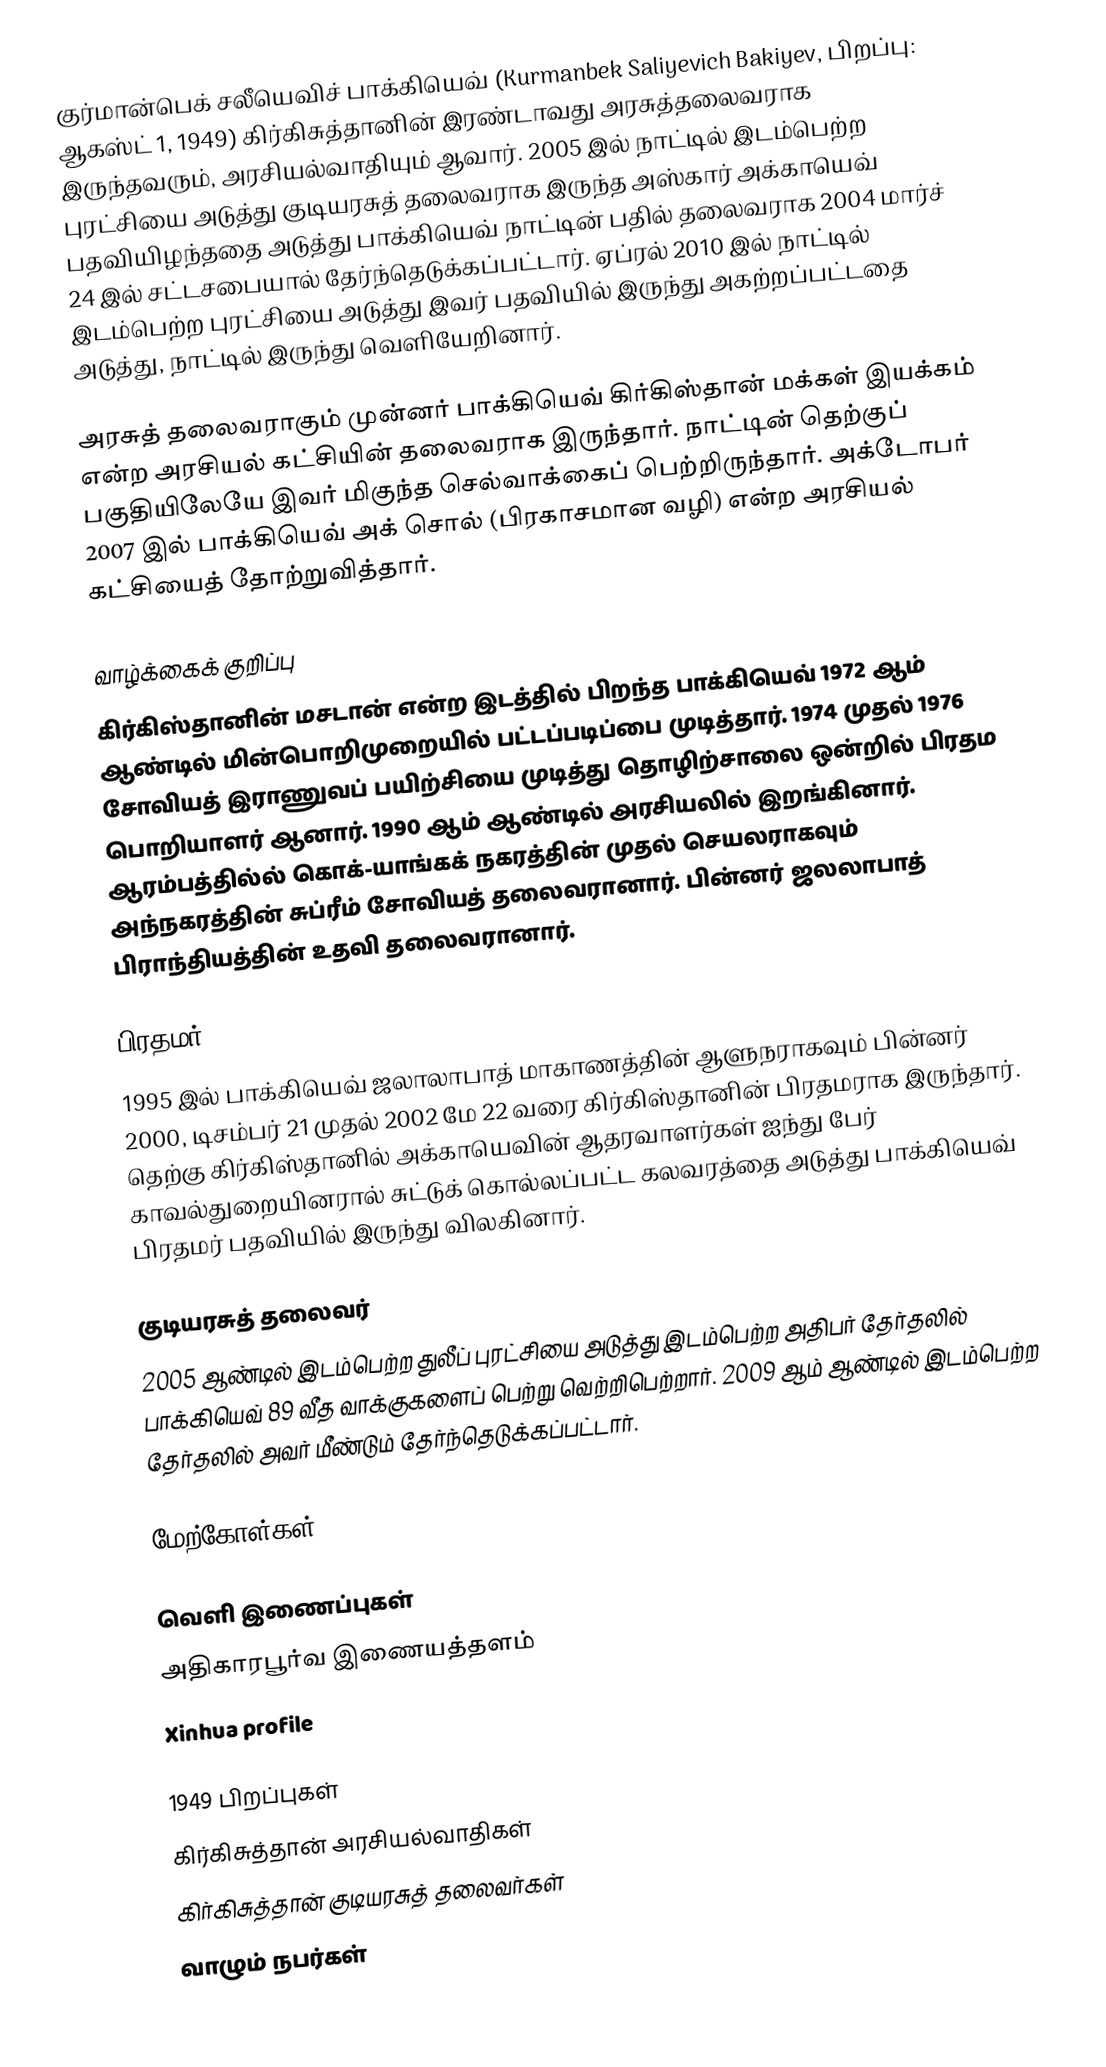
குர்மான்பெக் சலீயெவிச் பாக்கியெவ் (Kurmanbek Saliyevich Bakiyev, பிறப்பு: ஆகஸ்ட் 1, 1949) கிர்கிசுத்தானின் இரண்டாவது அரசுத்தலைவராக இருந்தவரும், அரசியல்வாதியும் ஆவார். 2005 இல் நாட்டில் இடம்பெற்ற புரட்சியை அடுத்து குடியரசுத் தலைவராக இருந்த அஸ்கார் அக்காயெவ் பதவியிழந்ததை அடுத்து பாக்கியெவ் நாட்டின் பதில் தலைவராக 2004 மார்ச் 24 இல் சட்டசபையால் தேர்ந்தெடுக்கப்பட்டார். ஏப்ரல் 2010 இல் நாட்டில் இடம்பெற்ற புரட்சியை அடுத்து இவர் பதவியில் இருந்து அகற்றப்பட்டதை அடுத்து, நாட்டில் இருந்து வெளியேறினார்.

அரசுத் தலைவராகும் முன்னர் பாக்கியெவ் கிர்கிஸ்தான் மக்கள் இயக்கம் என்ற அரசியல் கட்சியின் தலைவராக இருந்தார். நாட்டின் தெற்குப் பகுதியிலேயே இவர் மிகுந்த செல்வாக்கைப் பெற்றிருந்தார். அக்டோபர் 2007 இல் பாக்கியெவ் அக் சொல் (பிரகாசமான வழி) என்ற அரசியல் கட்சியைத் தோற்றுவித்தார்.

வாழ்க்கைக் குறிப்பு
கிர்கிஸ்தானின் மசடான் என்ற இடத்தில் பிறந்த பாக்கியெவ் 1972 ஆம் ஆண்டில் மின்பொறிமுறையில் பட்டப்படிப்பை முடித்தார். 1974 முதல் 1976 சோவியத் இராணுவப் பயிற்சியை முடித்து தொழிற்சாலை ஒன்றில் பிரதம பொறியாளர் ஆனார். 1990 ஆம் ஆண்டில் அரசியலில் இறங்கினார். ஆரம்பத்தில்ல் கொக்-யாங்கக் நகரத்தின் முதல் செயலராகவும் அந்நகரத்தின் சுப்ரீம் சோவியத் தலைவரானார். பின்னர் ஜலலாபாத் பிராந்தியத்தின் உதவி தலைவரானார்.

பிரதமர்
1995 இல் பாக்கியெவ் ஜலாலாபாத் மாகாணத்தின் ஆளுநராகவும் பின்னர் 2000, டிசம்பர் 21 முதல் 2002 மே 22 வரை கிர்கிஸ்தானின் பிரதமராக இருந்தார். தெற்கு கிர்கிஸ்தானில் அக்காயெவின் ஆதரவாளர்கள் ஐந்து பேர் காவல்துறையினரால் சுட்டுக் கொல்லப்பட்ட கலவரத்தை அடுத்து பாக்கியெவ் பிரதமர் பதவியில் இருந்து விலகினார்.

குடியரசுத் தலைவர்
2005 ஆண்டில் இடம்பெற்ற துலீப் புரட்சியை அடுத்து இடம்பெற்ற அதிபர் தேர்தலில் பாக்கியெவ் 89 வீத வாக்குகளைப் பெற்று வெற்றிபெற்றார். 2009 ஆம் ஆண்டில் இடம்பெற்ற தேர்தலில் அவர் மீண்டும் தேர்ந்தெடுக்கப்பட்டார்.

மேற்கோள்கள்

வெளி இணைப்புகள்
 அதிகாரபூர்வ இணையத்தளம்
 Xinhua profile

1949 பிறப்புகள்
கிர்கிசுத்தான் அரசியல்வாதிகள்
கிர்கிசுத்தான் குடியரசுத் தலைவர்கள்
வாழும் நபர்கள்